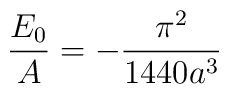
\frac{E_0}{A} = -\frac{\pi^2}{1440 a^3} \nonumber